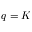
q = K